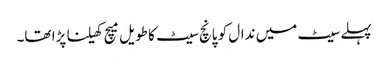
پہلے سیٹ میں ندال کو پانچ سیٹ کا طویل میچ کھیلنا پڑا تھا۔